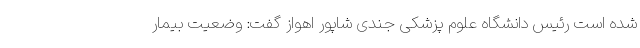
شده است رئیس دانشگاه علوم پزشکی جندی شاپور اهواز گفت: وضعیت بیمار